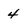
Character: 4